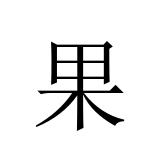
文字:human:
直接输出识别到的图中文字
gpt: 果